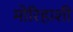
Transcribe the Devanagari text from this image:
मोरिहाशी